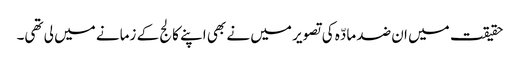
حقیقت میں ان ضد مادّہ کی تصویر میں نے بھی اپنے کالج کے زمانے میں لی تھی۔